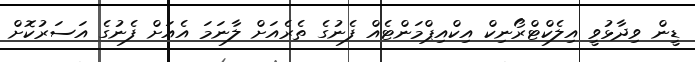
ޑީން ވިދާޅުވީ އިލެކްޓްރޯނިކް އިކްއިިޕްމަންޓެއް ފެނުގެ ތެރެއަށް ލާނަމަ އެއަށް ފެނުގެ އަސަރުކޮށް